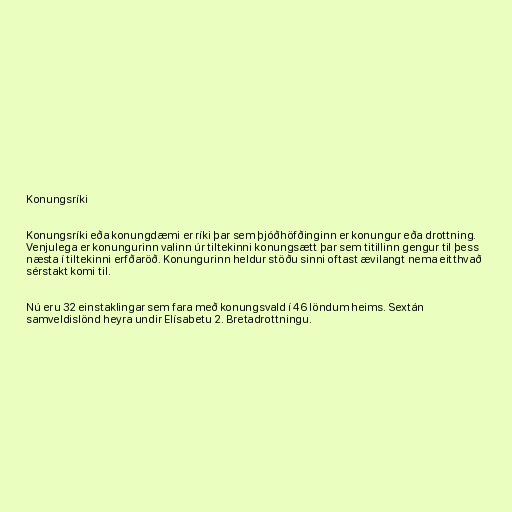
Konungsríki

Konungsríki eða konungdæmi er ríki þar sem þjóðhöfðinginn er konungur eða drottning.
Venjulega er konungurinn valinn úr tiltekinni konungsætt þar sem titillinn gengur til þess
næsta í tiltekinni erfðaröð. Konungurinn heldur stöðu sinni oftast ævilangt nema eitthvað
sérstakt komi til.

Nú eru 32 einstaklingar sem fara með konungsvald í 46 löndum heims. Sextán
samveldislönd heyra undir Elísabetu 2. Bretadrottningu.